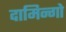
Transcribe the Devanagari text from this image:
दामिन्गो